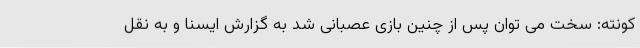
کونته: سخت می توان پس از چنین بازی عصبانی شد به گزارش ایسنا و به نقل